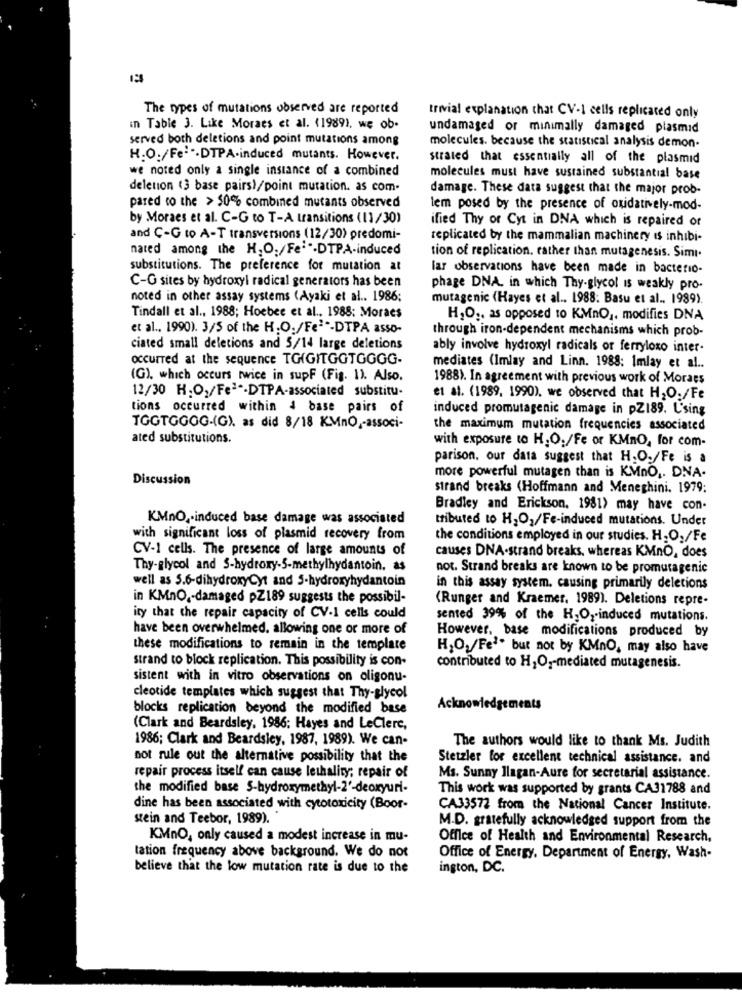
The types of mutations observed are reported
trivial explanation that CV-1 cells replicated only
in Table 3. Like Moraes et al. (1989), we ob.
undamaged or minimally damaged plasmid
served both deletions and point mutations among
molecules. because the statistical analysis demon-
H.O./Fel".DTPA-induced mutants. However.
strated that essentially all of the plasmid
we noted only a single instance of a combined
molecules must have sustained substantial base
deletion (3 base pairs)/point mutation. as com-
damage. These data suggest that the major prob-
pared to the > 50% combined mutants observed
tem posed by the presence of oxidatively-mod-
by Moraes et al. C-G to T-A transitions (11/30)
ified Thy or Cyt in DNA which is repaired of
and C-G to A-T transversions (12/30) predomi-
replicated by the mammalian machinery is inhibi-
nated among the H,O./Fej"-DTPA-induced
tion of replication. rather than mutagenesis. Simi.
substitutions. The preference for mutation at
lar observations have been made in bacterio-
C-G sites by hydroxyl radical generators has been
phage DNA, in which Thy-glycol is weakly pro-
noted in other assay systems (Ayaki et al .. 1986;
mutagenic (Hayes et al .. 1988: Basu et al .. 1989).
Tindall et al ., 1988; Hoebee et al ., 1988: Moraes
H.O ., as opposed to KMnO ,. modifies DNA
et al ., 1990). 3/5 of the H.O./Fe3"-DTPA asso-
through iron-dependent mechanisms which prob-
ciated small deletions and 5/14 large deletions
ably involve hydroxyl radicals or ferryloxo inter-
occurred at the sequence TO(GITGGTGGGG-
mediates (Imlay and Linn. 1988: Imlay et al ..
(G), which occurs twice in supF (Fig. 1). Also.
1988). In agreement with previous work of Moraes
12/30 H.O,/Feªª.DTPA-associated substitu-
et al. (1989, 1990). we observed that H2O./Fe
tions occurred within 4 base pairs of
induced promutagenic damage in pZ189. L'sing
TGGTGGOG-(G), as did 8/18 KMnO ,- associ-
the maximum mutation frequencies associated
ated substitutions.
with exposure to H. O./Fe or KMnO, for com-
parison, our data suggest that H.O./Fe is a
Discussion
more powerful mutagen than is KMno ,. DNA-
strand breaks (Hoffmann and Meneghini. 1979;
Bradley and Erickson. 1981) may have con-
KMnO ,- induced base damage was associated
tributed to H,O,/Fe-induced mutations. Under
with significant loss of plasmid recovery from
the conditions employed in our studies. H.O,/Fe
CV-1 cells. The presence of large amounts of
causes DNA-strand breaks, whereas KMnO, does
Thy-glycol and S-hydroxy-5-methylhydantoin. as
not. Strand breaks are known to be promutagenic
well as 5.6-dihydroxyCyt and 5-hydroxyhydantoin
in this assay system, causing primarily deletions
in KMnO ,- damaged pZ189 suggests the possibil-
(Runger and Kraemer, 1989). Deletions repre-
ity that the repair capacity of CV-1 cells could
sented 39% of the H,O ,- induced mutations.
have been overwhelmed, allowing one or more of
However, base modifications produced by
these modifications to remain in the template
HO,/Fe'. but not by KMnO, may also have
strand to block replication. This possibility is con-
contributed to H,O ,- mediated mutagenesis.
sistent with in vitro observations on oligonu-
cleotide templates which suggest that Thy-glycol
blocks replication beyond the modified base
Acknowledgements
(Clark and Beardsley, 1986: Hayes and LeClerc,
1986; Clark and Beardsley, 1987, 1989). We can-
The authors would like to thank Ms. Judith
not rule out the alternative possibility that the
Stetzler for excellent technical assistance. and
repair process itself can cause lethality; repair of
Ms. Sunny Ilagan-Aure for secretarial assistance.
the modified base 5-hydroxymethyl-2'-deoxyuri-
This work was supported by grants CA31788 and
dine has been associated with cytotoxicity (Boor-
CA33572 from the National Cancer Institute.
stein and Teebor, 1989). *
M.D. gratefully acknowledged support from the
KMnO, only caused a modest increase in mu-
Office of Health and Environmental Research,
tation frequency above background. We do not
Office of Energy, Department of Energy, Wash-
believe that the low mutation rate is due to the
ington, DC.